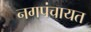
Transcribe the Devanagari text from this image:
नगपंचायत